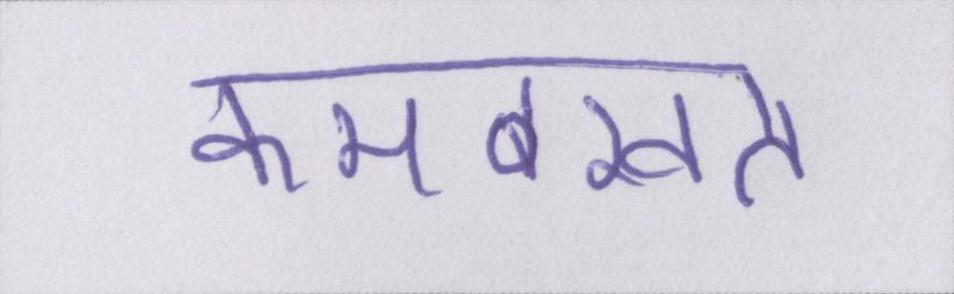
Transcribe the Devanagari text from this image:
कमबख्त